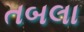
તબલા